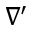
\nabla ^ { \prime }